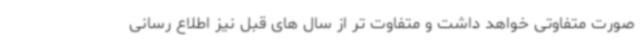
صورت متفاوتی خواهد داشت و متفاوت تر از سال های قبل نیز اطلاع رسانی